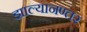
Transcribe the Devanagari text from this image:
झाल्यानण्तर